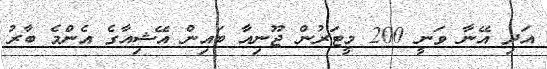
އަދި އޭނާ ވަނީ 200 މީޓަރުން ޖޫނިއާ ބައިން އޭޝިއާގެ އެންމެ ބާރު